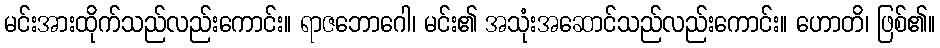
မင်းအားထိုက်သည်လည်းကောင်း။ ရာဇဘောဂေါ၊ မင်း၏ အသုံးအဆောင်သည်လည်းကောင်း။ ဟောတိ၊ ဖြစ်၏။